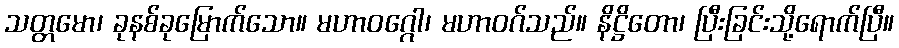
သတ္တမော၊ ခုနစ်ခုမြောက်သော။ မဟာဝဂ္ဂေါ၊ မဟာဝဂ်သည်။ နိဋ္ဌိတော၊ ပြီးခြင်းသို့ရောက်ပြီ။